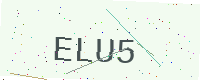
Text: ELU5